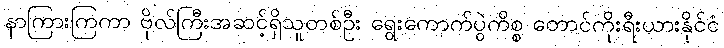
နာကြားကြကာ ဗိုလ်ကြီးအဆင့်ရှိသူတစ်ဦး ရွေးကောက်ပွဲကိစ္စ တောင်ကိုးရီးယားနိုင်ငံ